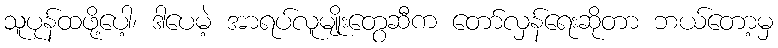
သူပုန်ထဖို့ပေါ့၊ ဒါပေမဲ့ အာရပ်လူမျိုးတွေဆီက တော်လှန်ရေးဆိုတာ ဘယ်တော့မှ